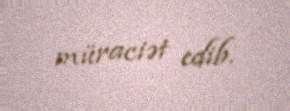
müraciət edib.